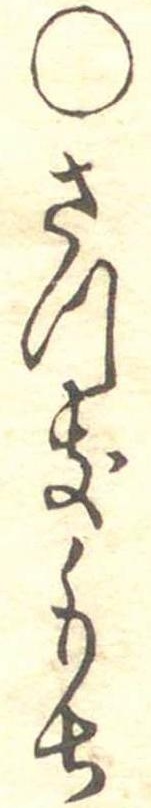
○さつきもち